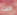
قلت